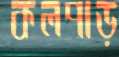
কলপাড়